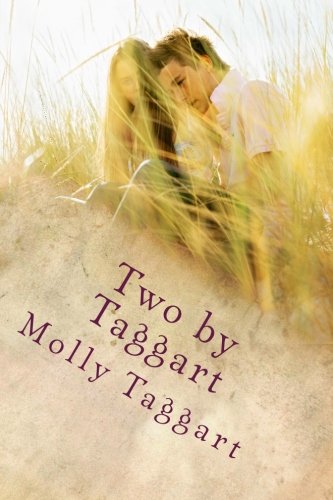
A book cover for Two by Taggart; Molly Taggart; Romance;